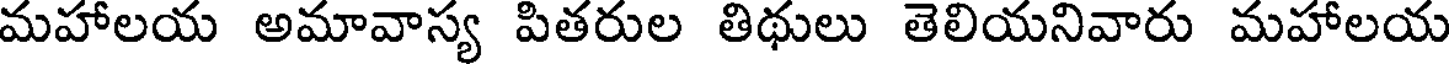
మహాలయ అమావాస్య పితరుల తిథులు తెలియనివారు మహాలయ